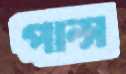
পাল্স